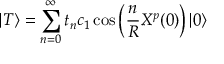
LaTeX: | T \rangle = \sum _ { n = 0 } ^ { \infty } t _ { n } c _ { 1 } \cos \left( \frac { n } { R } X ^ { p } ( 0 ) \right) | 0 \rangle